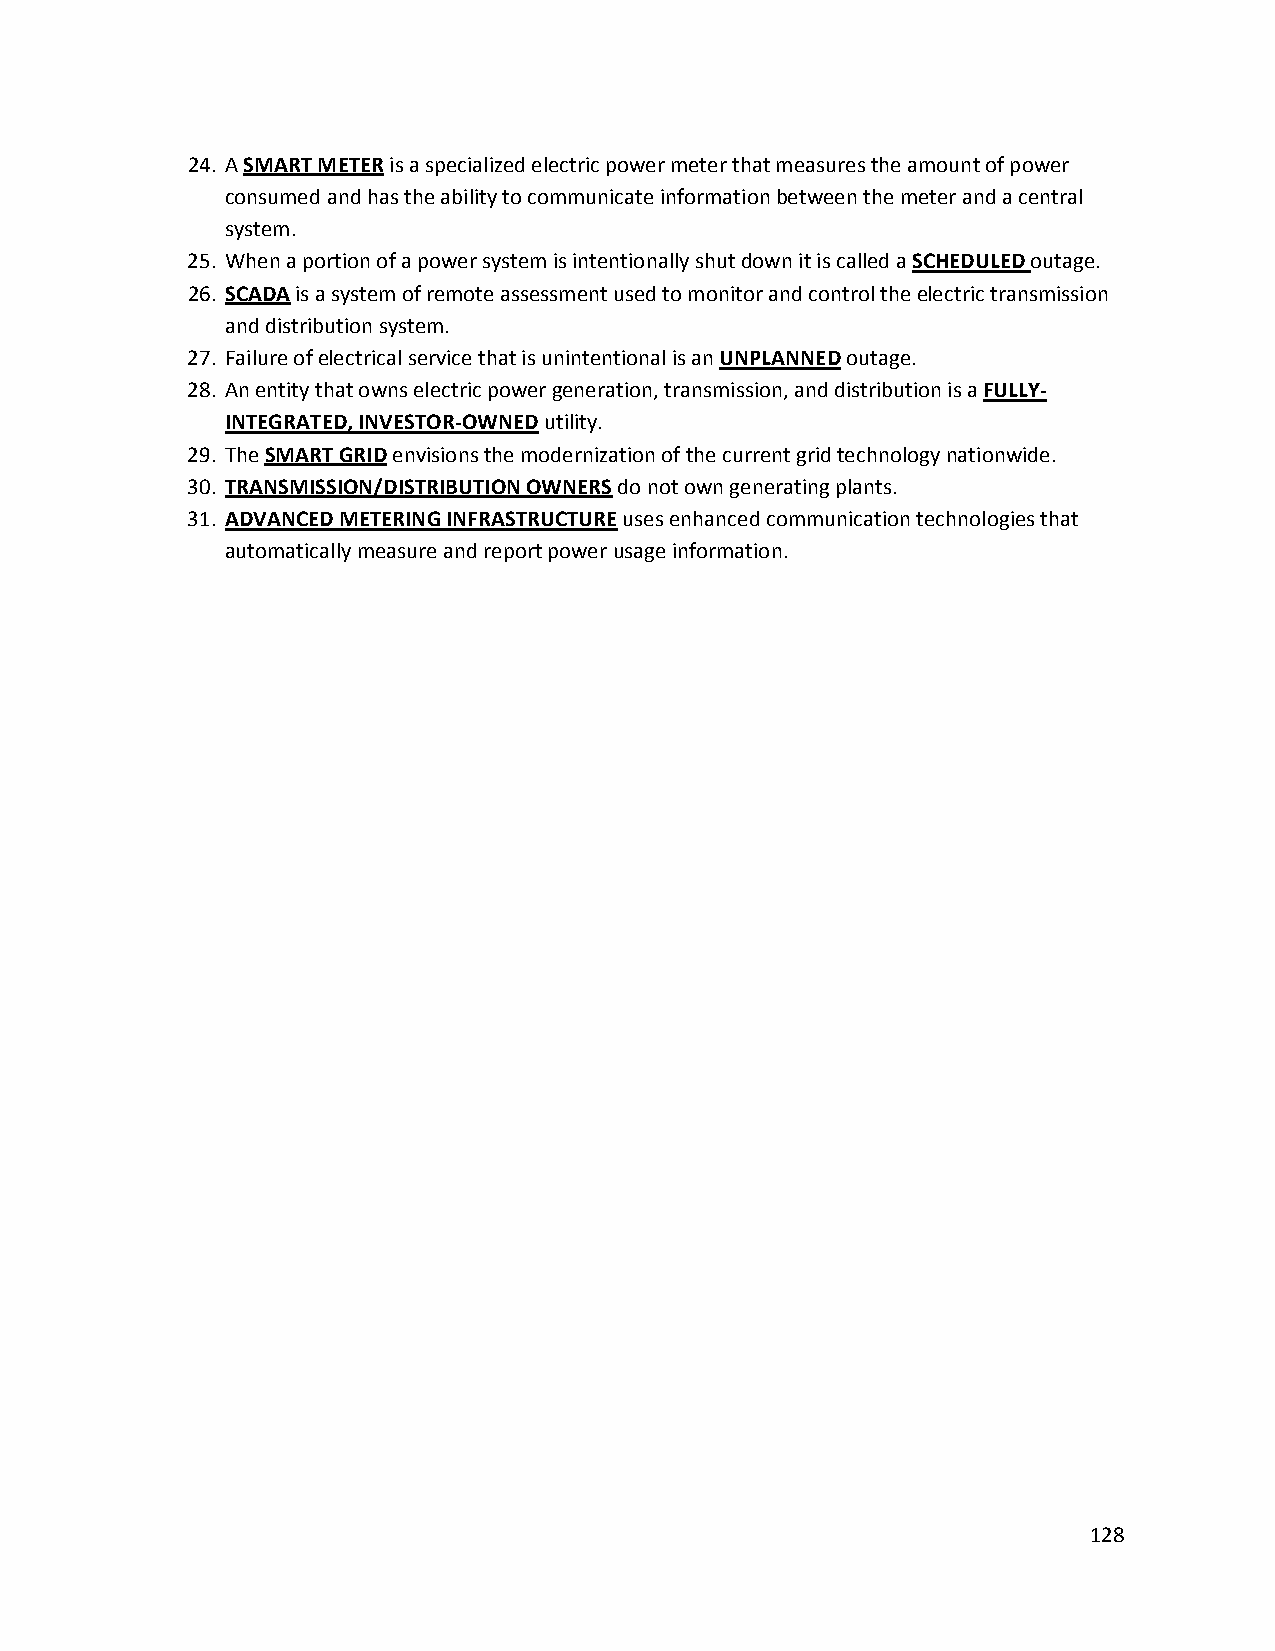
24. A SMART METER is a specialized electric power meter that measures the amount of power
 consumed and has the ability to communicate information between the meter and a central
 system.
 25. When a portion of a power system is intentionally shut down it is called a SCHEDULED outage.
 26. SCADA is a system of remote assessment used to monitor and control the electric transmission
 and distribution system.
 27. Failure of electrical service that is unintentional is an UNPLANNED outage.
 28. An entity that owns electric power generation, transmission, and distribution is a FULLY‐
 INTEGRATED, INVESTOR‐OWNED utility.
 29. The SMART GRID envisions the modernization of the current grid technology nationwide.
 30. TRANSMISSION/DISTRIBUTION OWNERS do not own generating plants.
 31. ADVANCED METERING INFRASTRUCTURE uses enhanced communication technologies that
 automatically measure and report power usage information.
 128